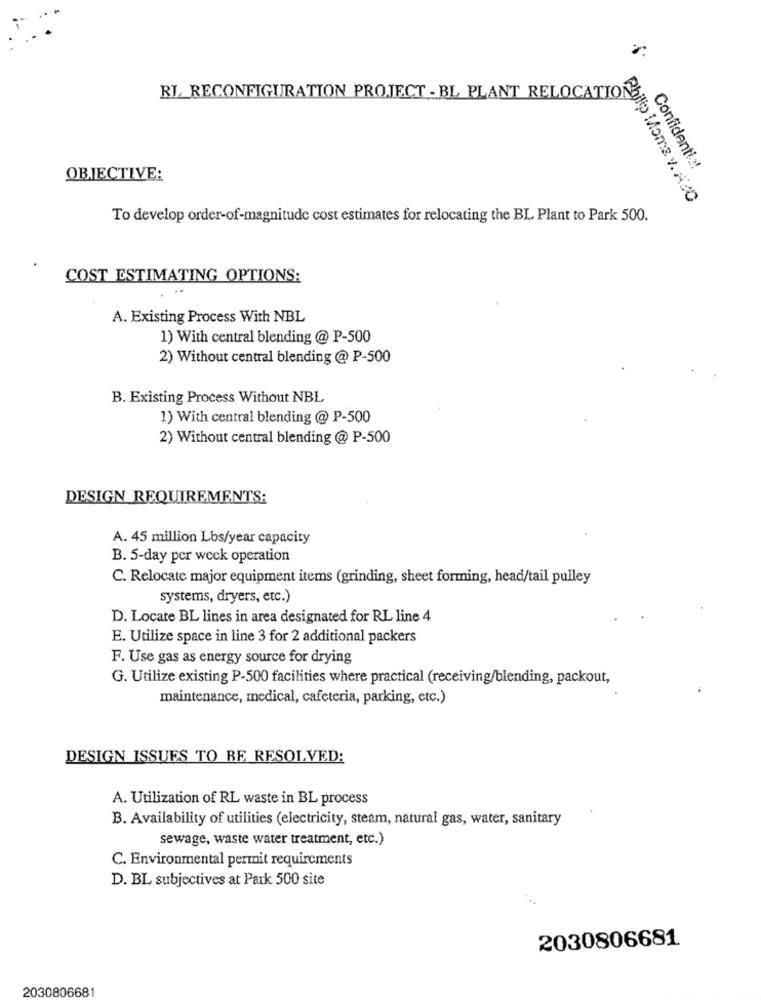
RI RECONFIGURATION PROJECT - BL PLANT RELOCATIONS
Confidential
OBJECTIVE:
Philip Moma v. AZO
To develop order-of-magnitude cost estimates for relocating the BL Plant to Park 500.
COST ESTIMATING OPTIONS:
A. Existing Process With NBL
1) With central blending @ P-500
2) Without central blending @ P-500
B. Existing Process Without NBL
1) With central blending @ P-500
2) Without central blending @ P-500
DESIGN REQUIREMENTS:
A. 45 million Lbs/year capacity
B. 5-day per week operation
C. Relocate major equipment items (grinding, sheet forming, head/tail pulley
systems, dryers, etc.)
D. Locate BL lines in area designated for RL line 4
E. Utilize space in line 3 for 2 additional packers
F. Use gas as energy source for drying
G. Utilize existing P-500 facilities where practical (receiving/blending, packout,
maintenance, medical, cafeteria, parking, etc.)
DESIGN ISSUES TO BE RESOLVED:
A. Utilization of RL waste in BL process
B. Availability of utilities (electricity, steam, natural gas, water, sanitary
sewage, waste water treatment, etc.)
C. Environmental permit requirements
D. BL subjectives at Park 500 site
2030806681
2030806681